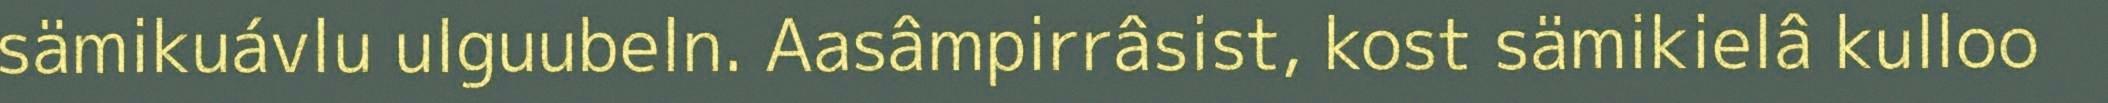
sämikuávlu ulguubeln. Aasâmpirrâsist, kost sämikielâ kulloo